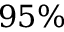
9 5 \%